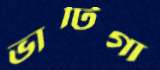
ভাটিগা